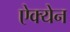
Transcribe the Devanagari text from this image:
ऐक्येन